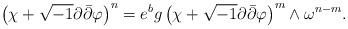
LaTeX: \begin{align*}\left(\chi + \sqrt{-1} \partial\bar\partial \varphi\right)^n = e^b g \left(\chi + \sqrt{-1} \partial\bar\partial \varphi\right)^m \wedge \omega^{n - m}.\end{align*}